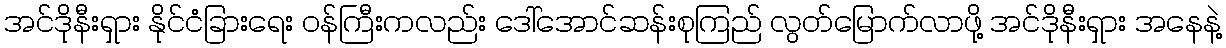
အင်ဒိုနီးရှား နိုင်ငံခြားရေး ဝန်ကြီးကလည်း ဒေါ်အောင်ဆန်းစုကြည် လွတ်မြောက်လာဖို့ အင်ဒိုနီးရှား အနေနဲ့